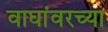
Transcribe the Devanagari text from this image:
वाघांवरच्या